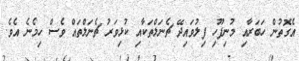
އެގޮތުން ހަބަރާއި މުނިފޫހި ފިލުވައިދޭ ޗެނަލްތަކާއި ކުޅިވަރު ޗެނަލްތައް ވެސް ހިމެނެ އެވެ.